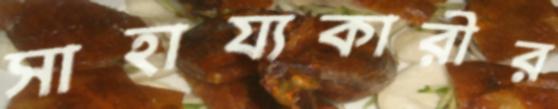
সাহায্যকারীর